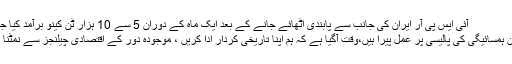
آئی ایس پی آر ایران کی جانب سے پابندی اٹھائے جانے کے بعد ایک ماہ کے دوران 5 سے 10 ہزار ٹن کینو برآمد کیا جائیگا
پرامن ہمسائیگی کی پالیسی پر عمل پیرا ہیں،وقت آگیا ہے کہ ہم اپنا تاریخی کردار ادا کریں ، موجودہ دور کے اقتصادی چیلنجز سے نمٹنا ہوگا۔